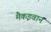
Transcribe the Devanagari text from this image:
मैकइवान